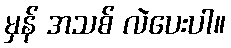
မှန် အသစ် လဲပေးပါ။